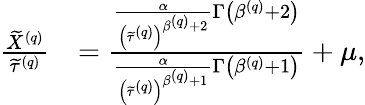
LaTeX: \begin{array}{rl}{\frac{\widetilde{X}^{\left(q\right)}}{\widetilde{\tau}^{\left(q\right)}}}&{=\frac{\frac{\alpha}{\left(\widetilde{\tau}^{\left(q\right)}\right)^{\beta^{\left(q\right)}+2}}\Gamma\left(\beta^{\left(q\right)}+2\right)}{\frac{\alpha}{\left(\widetilde{\tau}^{\left(q\right)}\right)^{\beta^{\left(q\right)}+1}}\Gamma\left(\beta^{\left(q\right)}+1\right)}+\mu,}\end{array}